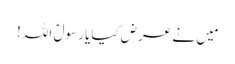
مَیں نے عرض کیایا رسولؐ اللہ !